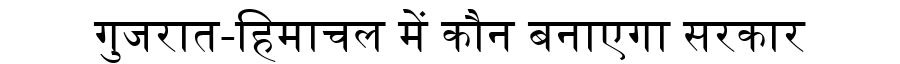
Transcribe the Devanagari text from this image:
गुजरात-हिमाचल में कौन बनाएगा सरकार